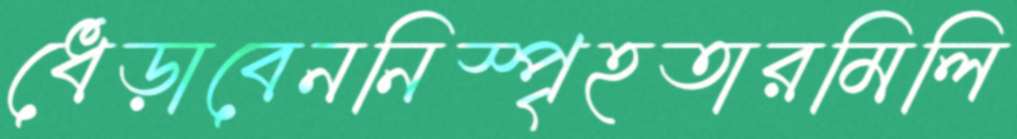
ধেড়াবেননিস্পৃহতারমিলি